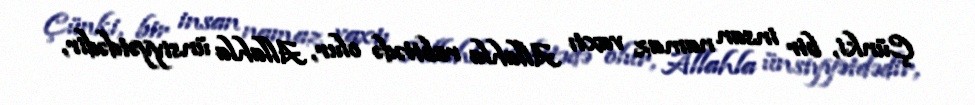
Çünki, bir insan namaz vaxtı Allahla rabitədə olur, Allahla ünsiyyətdədir,